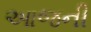
આજની